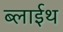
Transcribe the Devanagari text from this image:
ब्लाईथ